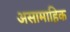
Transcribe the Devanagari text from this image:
असामाहिक